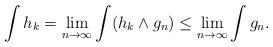
LaTeX: \begin{align*}\int h_k = \lim_{n\to \infty}\int (h_k\wedge g_n) \leq \lim_{n\to \infty}\int g_n. \end{align*}